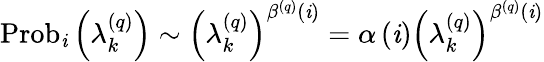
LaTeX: \operatorname{Prob}_{\mathit{i}}\left(\lambda_{k}^{\left(q\right)}\right)\sim\left(\lambda_{k}^{\left(q\right)}\right)^{\beta^{\left(q\right)}\left(\mathit{i}\right)}=\alpha\left(\mathit{i}\right)\left(\lambda_{k}^{\left(q\right)}\right)^{\beta^{\left(q\right)}\left(\mathit{i}\right)}